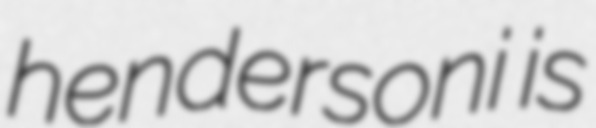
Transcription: hendersoni is